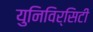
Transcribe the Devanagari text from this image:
युनिविर्सिटी